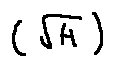
( \sqrt { H } )